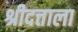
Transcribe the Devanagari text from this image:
श्रीदत्ताला